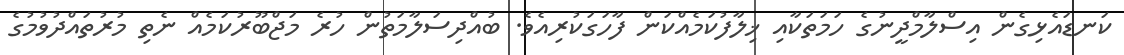
ކަނޑައެޅިގެން އިސްލާމްދީނުގެ ހަމަތަކާއި ޚިލާފުކަމެއްކަން ފާހަގަކުރިއެވެ. ބުއްދިސަލާމަތުން ހުރެ މަޖްބޫރުކަމެއް ނެތި މުރުތައްދުވުމުގެ